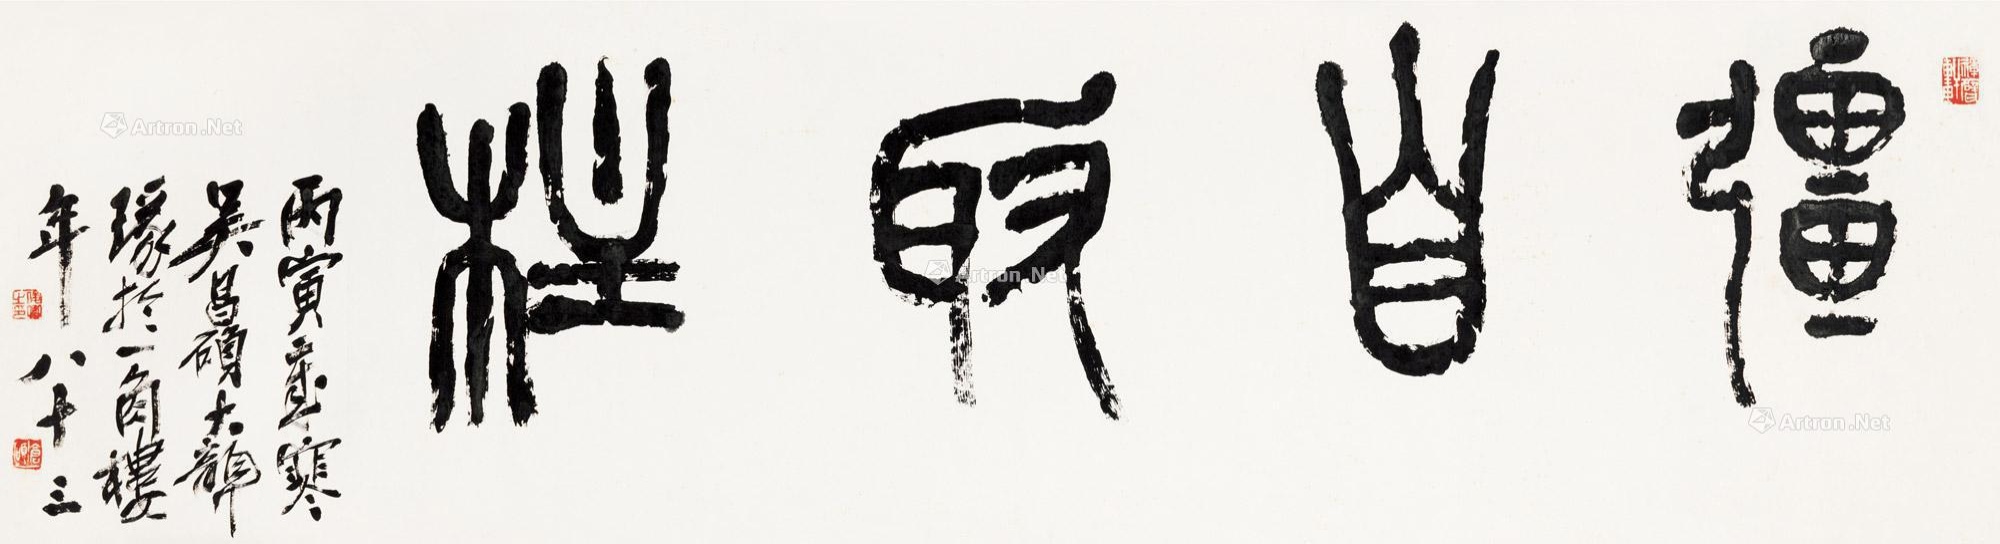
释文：强自取柱。丙寅岁寒，吴昌硕大聋篆于一角楼，年八十三。